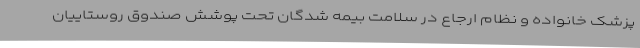
پزشک خانواده و نظام ارجاع در سلامت بیمه شدگان تحت پوشش صندوق روستاییان